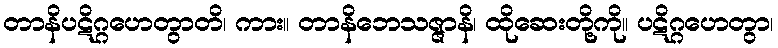
တာနိပဋိဂ္ဂဟေတွာတိ၊ ကား။ တာနိဘေသဇ္ဇာနိ၊ ထိုဆေးတို့ကို။ ပဋိဂ္ဂဟေတွာ၊